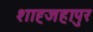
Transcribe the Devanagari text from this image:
शाह्जहापुर